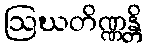
ဩဃတိဏ္ဏန္တိ